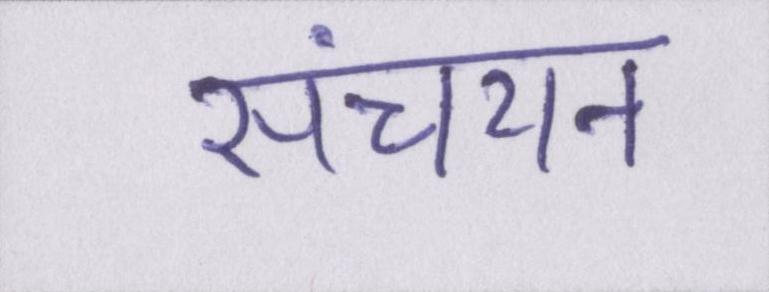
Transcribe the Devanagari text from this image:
संचयन